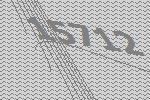
15712